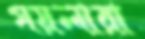
গয়লারা